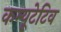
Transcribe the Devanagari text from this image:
कम्यूटेटिव